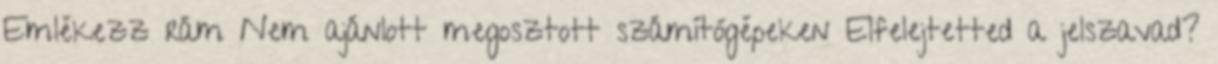
Emlékezz rám Nem ajánlott megosztott számítógépeken Elfelejtetted a jelszavad?